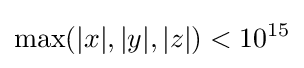
\max(|x|,|y|,|z|)<10^{15}